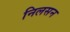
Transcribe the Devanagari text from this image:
निलसन